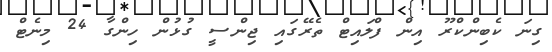
ގިނަ ކެބިންކްރޫ އިން ފްލައިޓް ތެރޭގައި ޖިންސީ ގުޅުން ހިންގާ 24 މިނެޓް